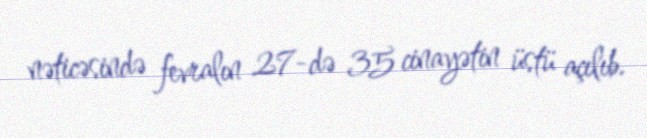
nəticəsində fevralın 27-də 35 cinayətin üstü açılıb.